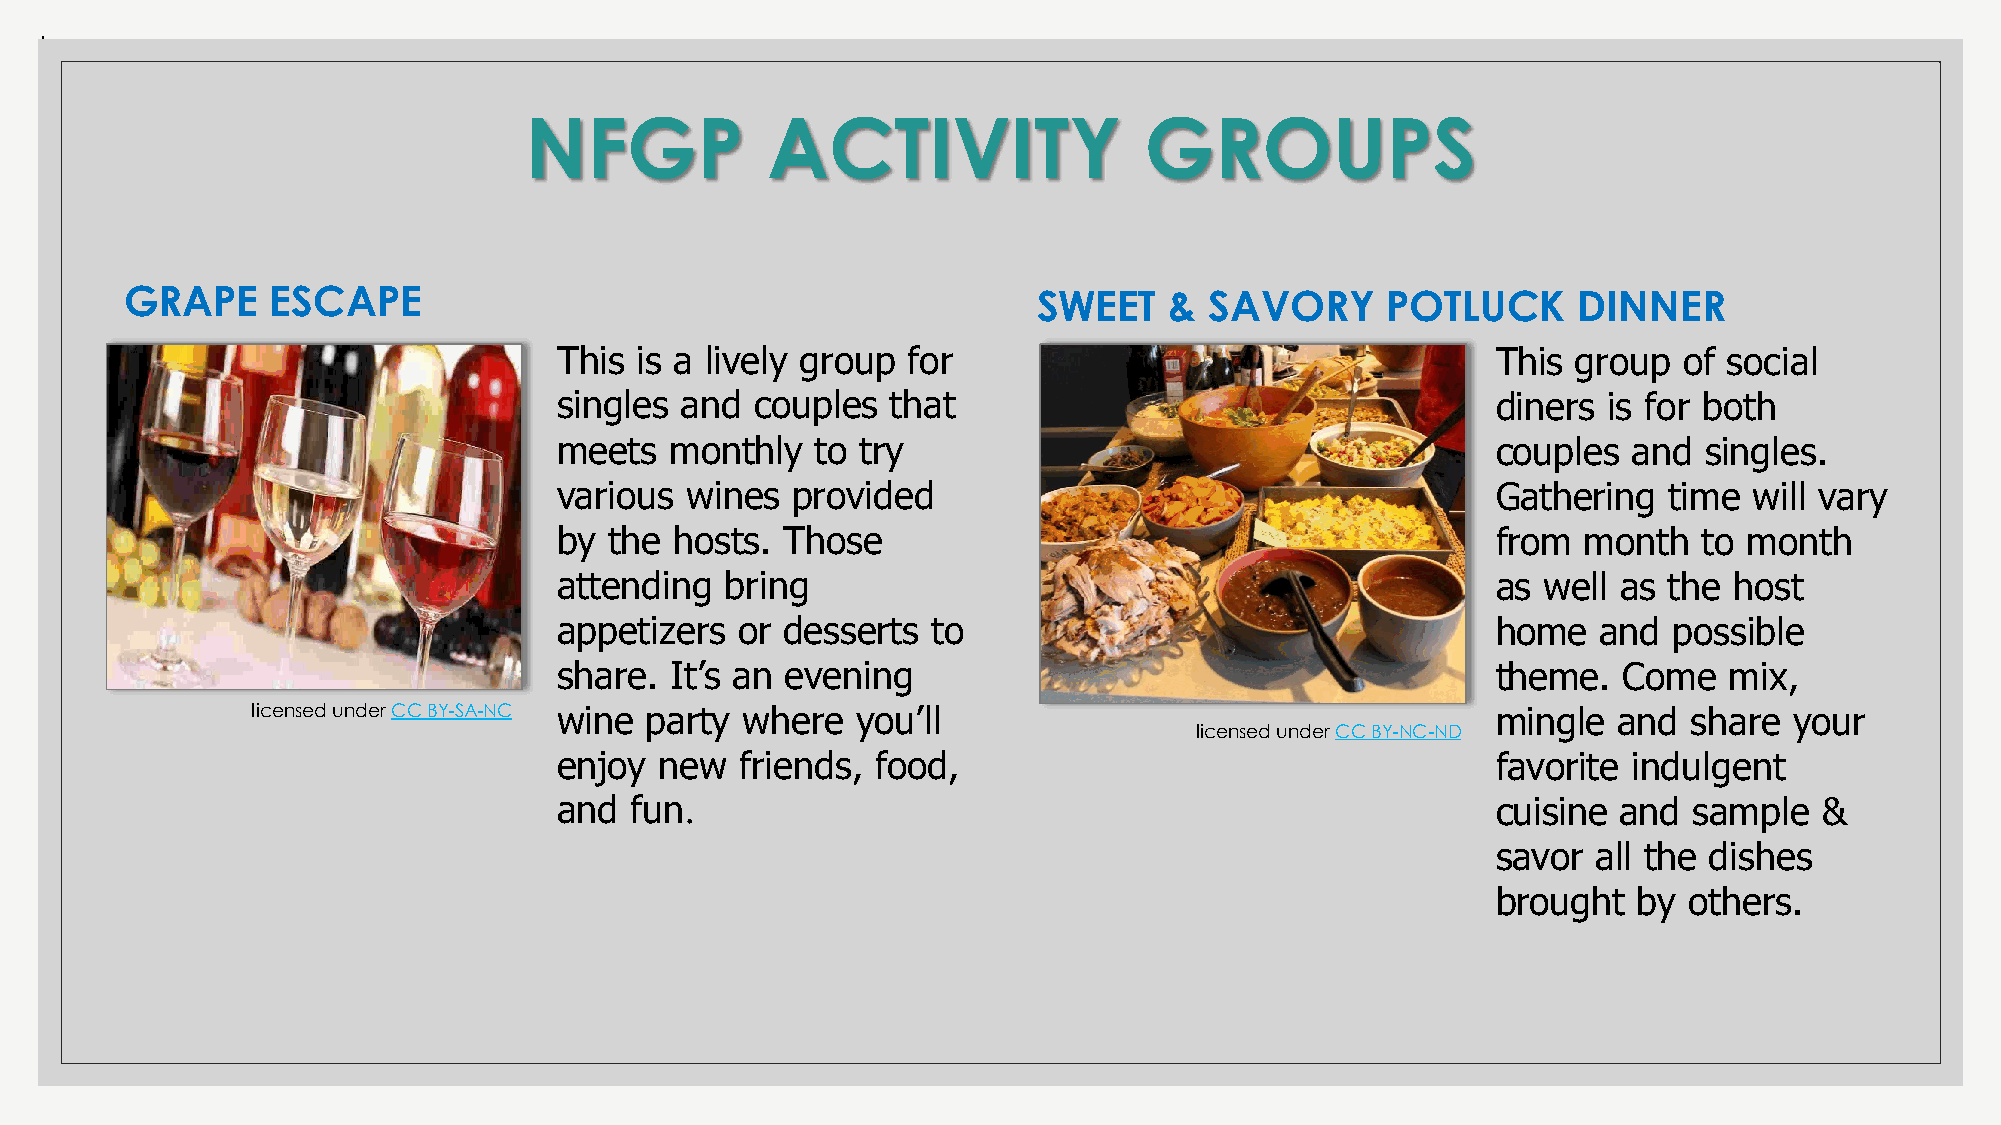
.
 NFGP            ACTIVITY                 GROUPS
 GRAPE     ESCAPE                                             SWEET   &  SAVORY      POTLUCK     DINNER
 This is a lively group for                                    This group  of social
 singles and  couples  that                                    diners is for both
 meets  monthly   to try                                       couples  and  singles.
 various wines  provided                                       Gathering  time  will vary
 by the  hosts. Those                                          from  month   to month
 attending  bring                                              as well as the  host
 appetizers  or desserts  to                                   home   and  possible
 share. It’s an evening                                        theme.  Come   mix,
 licensed under CC BY-SA-NC wine party where you’ll                                mingle  and  share  your
 licensed under CC BY-NC-ND
 enjoy  new  friends, food,                                    favorite indulgent
 and  fun.                                                     cuisine and  sample   &
 savor  all the dishes
 brought  by  others.